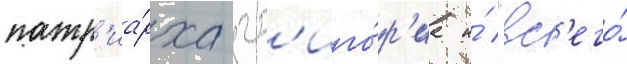
патр'иа́рха гр'иго́р'иа и́ "вс'его́